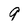
Character: 9